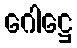
ဂေါဋ္ဌေ